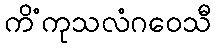
ကိံကုသလံဂဝေသီ